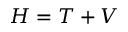
H = T + V